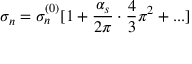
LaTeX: \sigma _ { n } = \sigma _ { n } ^ { ( 0 ) } [ 1 + \frac { \alpha _ { s } } { 2 \pi } \cdot \frac { 4 } { 3 } \pi ^ { 2 } + . . . ]